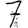
Digit: 7